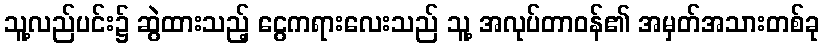
သူ့လည်ပင်း၌ ဆွဲထားသည့် ငွေကရားလေးသည် သူ့ အလုပ်တာဝန်၏ အမှတ်အသားတစ်ခု